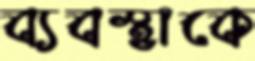
ব্যবস্থাকে